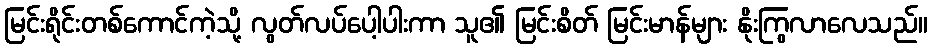
မြင်းရိုင်းတစ်ကောင်ကဲ့သို့ လွတ်လပ်ပေါ့ပါးကာ သူ၏ မြင်းစိတ် မြင်းမာန်များ နိုးကြွလာလေသည်။